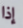
إذا